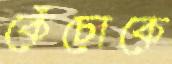
কেঁচোকে